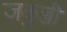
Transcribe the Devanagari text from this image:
जकुज्जी